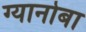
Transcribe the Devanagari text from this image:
ग्यानोबा